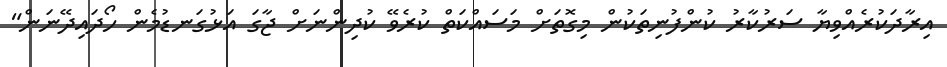
އިރާދަކުރެއްވިޔާ ސަރުކާރު ކުންފުނިތަކުން މިގޮތަށް މަސައްކަތް ކުރެވޭ ކުދިންނަށް ޖާގަ އަޅުގަނޑުމެން ހޯދައިދޭނަން"